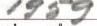
1959